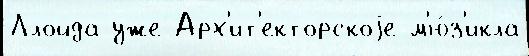
Ллойда уже Арх'ит'екторскоjе м'ю́з'икла